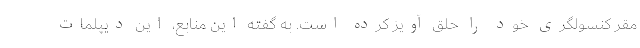
مقر کنسولگری خود را حلق آویز کرده است. به گفته این منابع، این دیپلمات